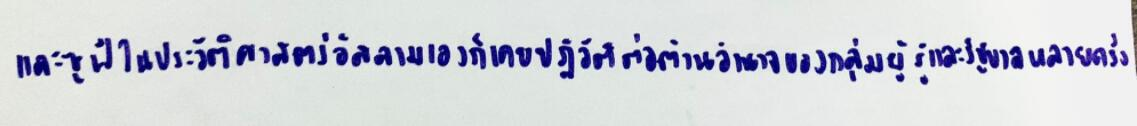
และซูฟีในประวัติศาสตร์อิสลามเองก็เคยปฏิวัติต่อต้านอำนาจของกลุ่มผู้รู้และรัฐบาลสุหนี่มาหลายครั้ง